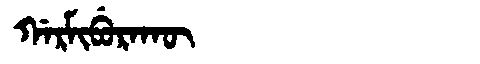
Manchu: ᡤᠠᡵᠮᡳᠪᡠᡵᠠᡴᡡ
Romanization: GARMIBURAKŪ